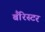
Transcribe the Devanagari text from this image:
बँरिस्टर